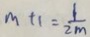
m + 1 = \frac { 1 } { 2 m }